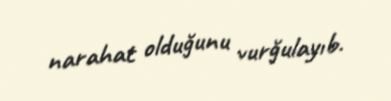
narahat olduğunu vurğulayıb.